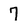
Character: 7